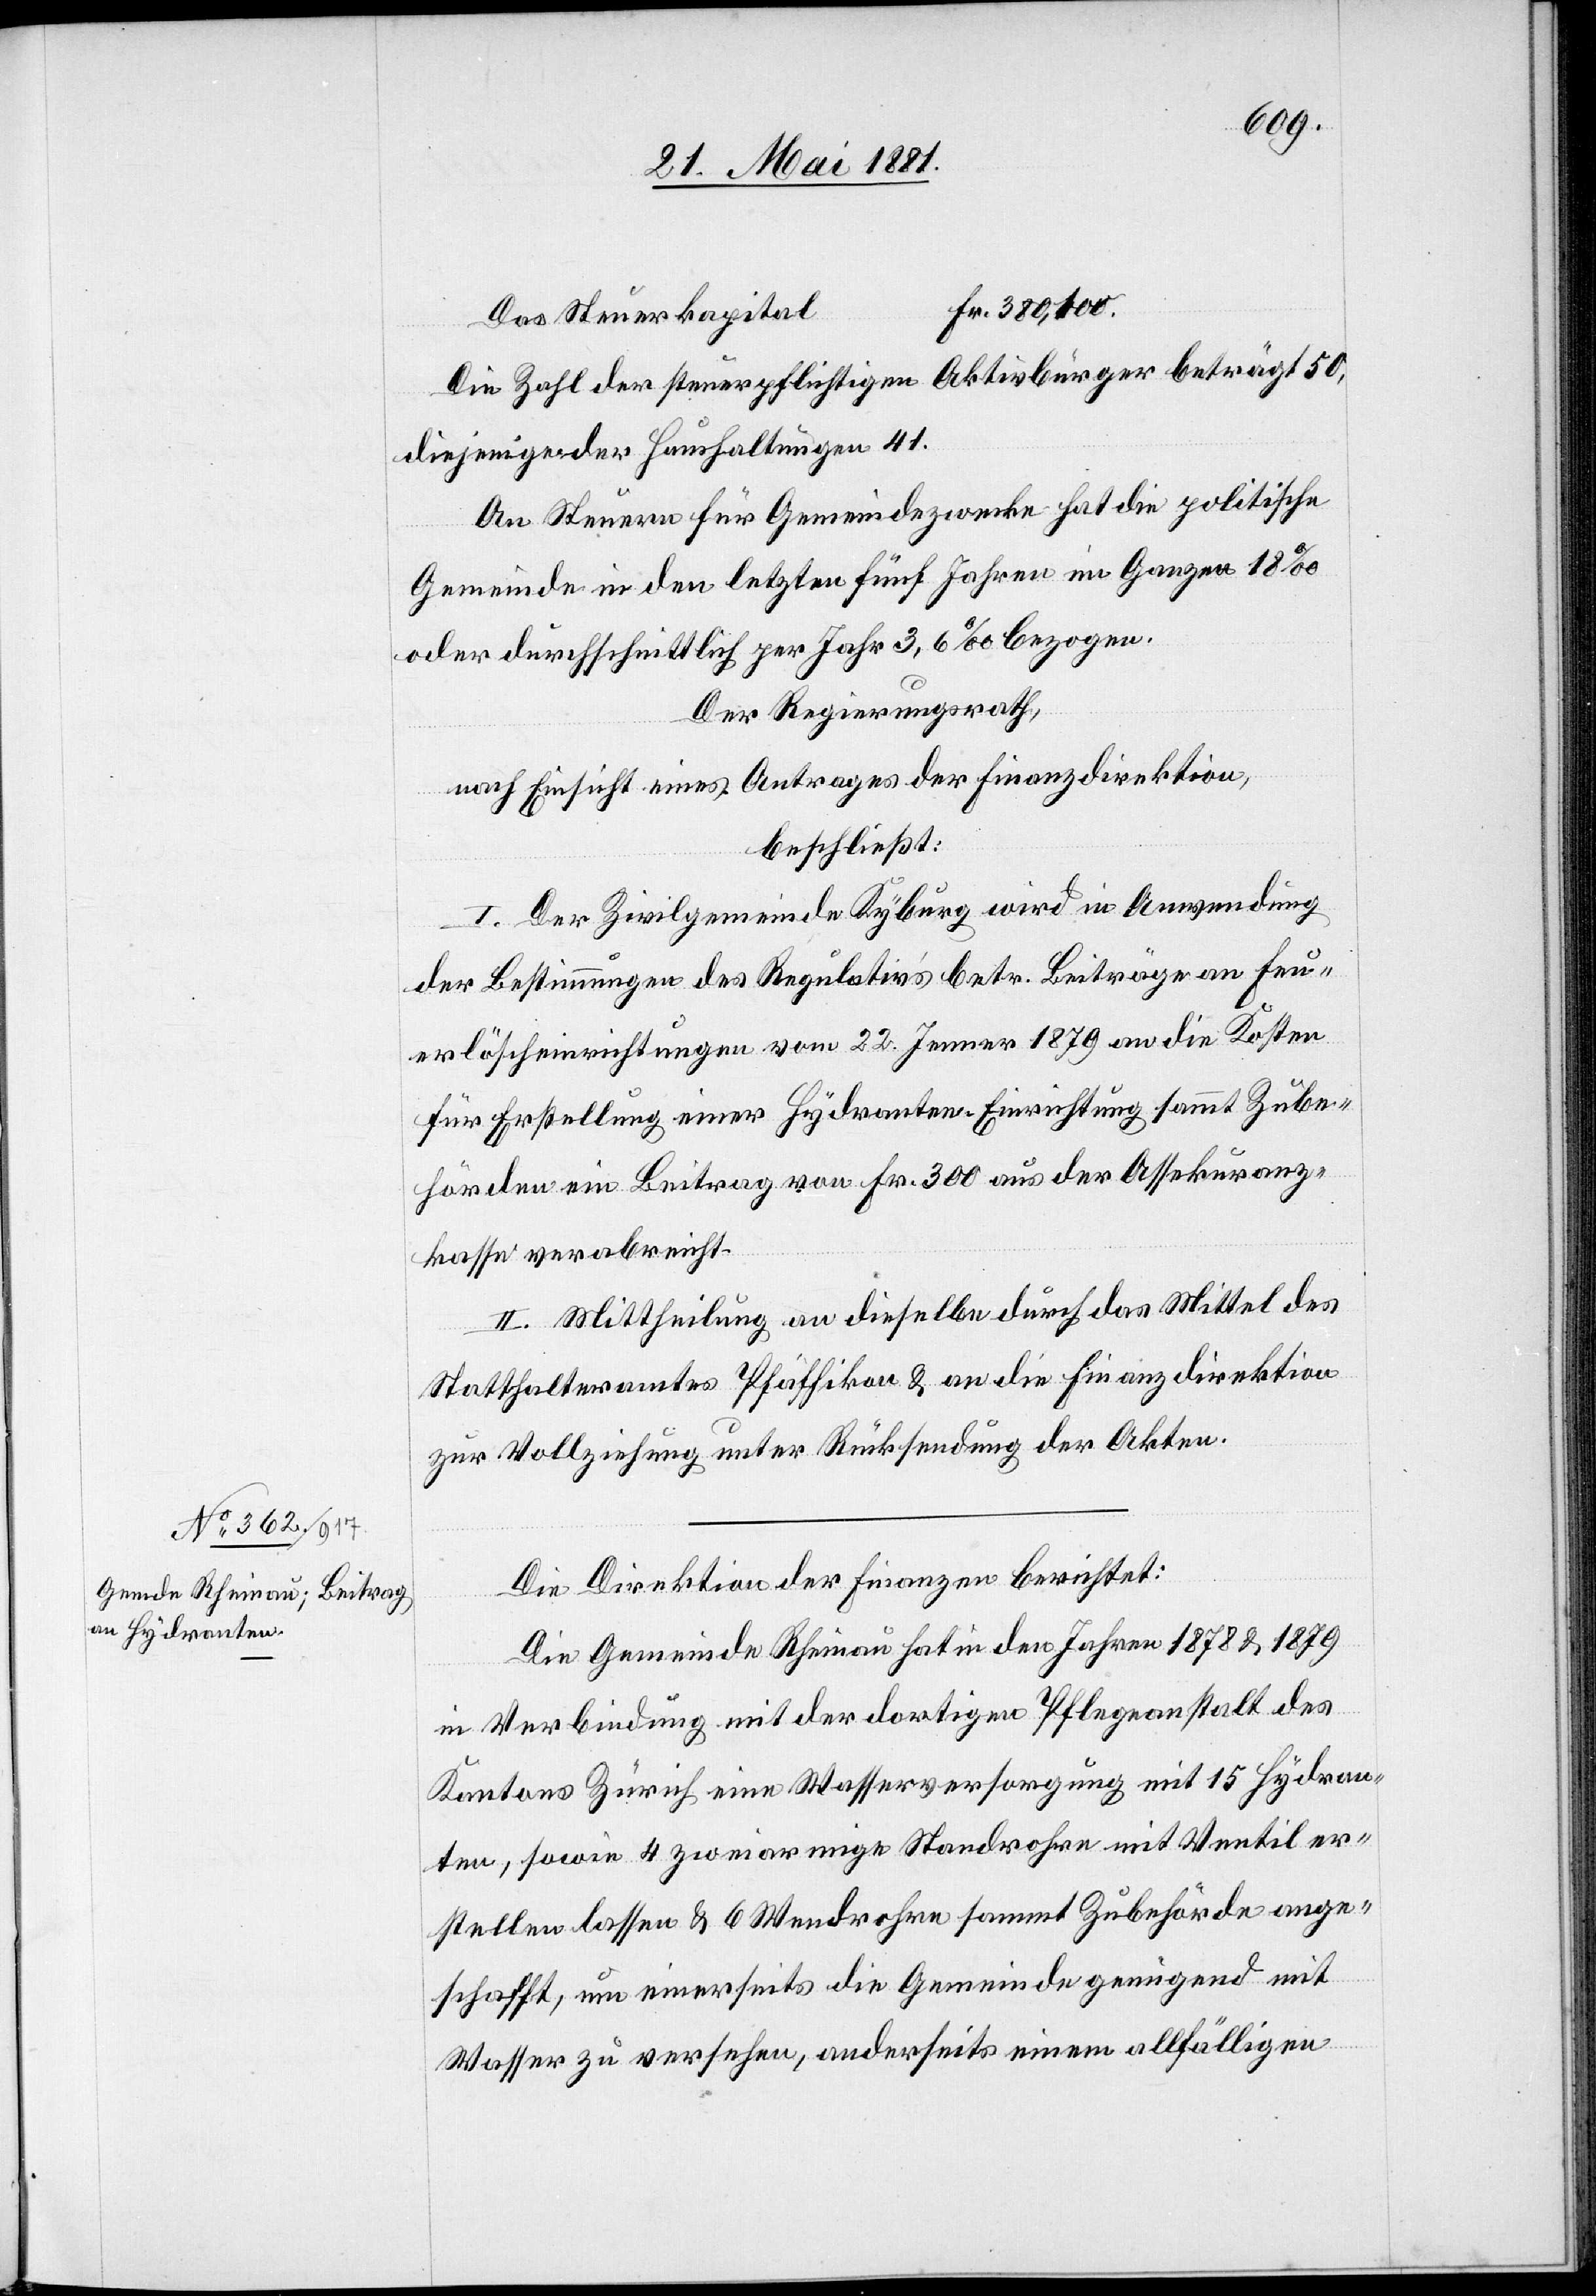
Das Steuerkapital
Die Zahl der steuerpflichtigen Aktivbürger beträgt 50,
diejenige der Haushaltungen 41.
An Steuern für Gemeindezwecke hat die politische
Gemeinde in den letzten fünf Jahren im Ganzen 18‰
oder durchschnittlich per Jahr 3,6‰ bezogen.
Der Regierungsrath,
nach Einsicht eines Antrages der Finanzdirektion,
beschließt:
I. Der Zivilgemeinde Kyburg wird in Anwendung
der Bestimmungen des Regulativs betr. Beiträgen an Feu¬
erlöscheinrichtungen vom 22. Jenner 1879 an die Kosten
für Erstellung einer Hydranten-Einrichtung sammt Zube¬
hörden ein Beitrag von Fr. 300 aus der Assekuranz¬
kasse verabreicht.
II. Mittheilung an dieselbe durch das Mittel des
Statthalteramtes Pfäffikon & an die Finanzdirektion
zur Vollziehung unter Rücksendung der Akten.
Die Direktion der Finanzen berichtet:
Die Gemeinde Rheinau hat in den Jahren 1778 & 1879
in Verbindung mit der dortigen Pfleganstalt des
Kantons Zürich eine Wasserversorgung mit 15 Hydran¬
ten, sowie 4 zweiarmige Standrohre mit Ventil er¬
stellen lassen & 6 Wendrohre sammt Zubehörde ange¬
schafft, um einerseits die Gemeinde genügend mit
Wasser zu versehen, anderseits einem allfälligen